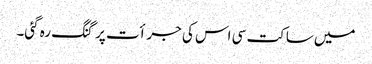
میں ساکت سی اس کی جرأت پر گنگ رہ گئی۔